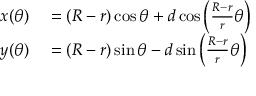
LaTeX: \begin{array} { r l } { x ( \theta ) } & { { } = ( R - r ) \cos \theta + d \cos \left( { \frac { R - r } { r } } \theta \right) } \\ { y ( \theta ) } & { { } = ( R - r ) \sin \theta - d \sin \left( { \frac { R - r } { r } } \theta \right) } \end{array}